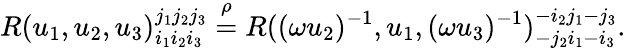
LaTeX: R(u_{1},u_{2},u_{3})_{i_{1}i_{2}i_{3}}^{j_{1}j_{2}j_{3}}\stackrel{\rho}{=}R((\omega u_{2})^{-1},u_{1},(\omega u_{3})^{-1})_{-j_{2}i_{1}-i_{3}}^{-i_{2}j_{1}-j_{3}}.